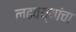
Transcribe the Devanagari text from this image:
लढवय्यांचा